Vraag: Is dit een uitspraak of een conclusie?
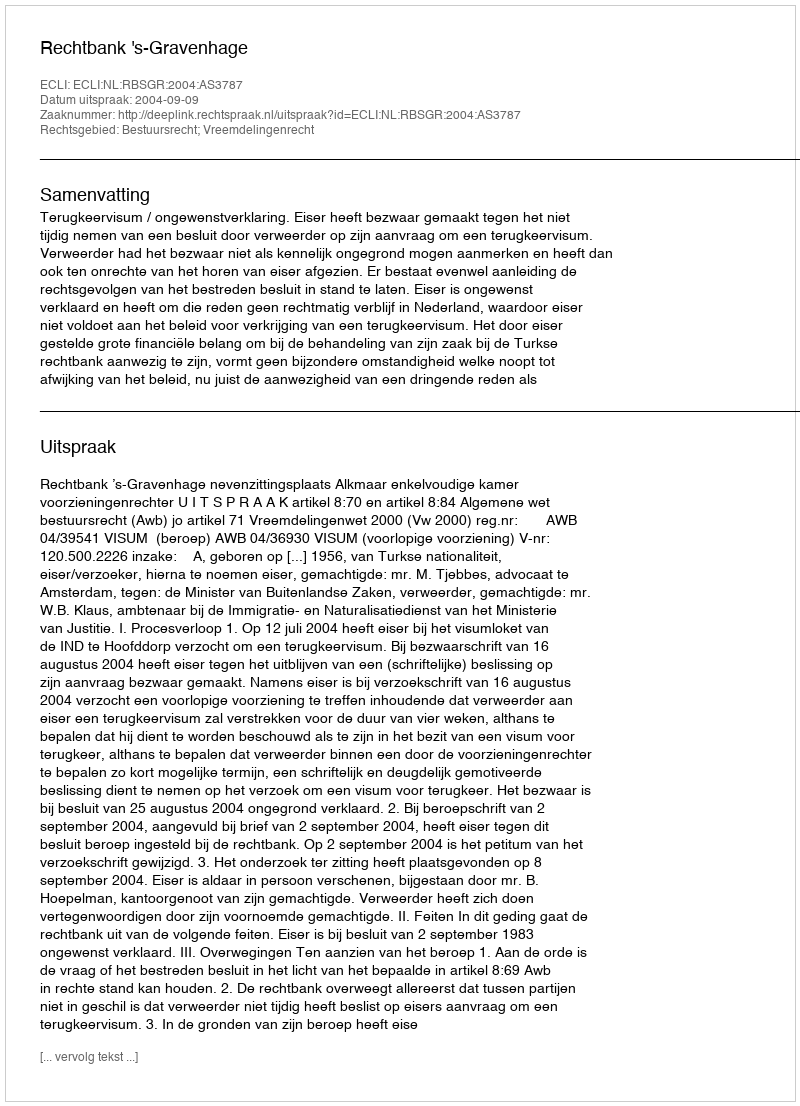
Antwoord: Uitspraak